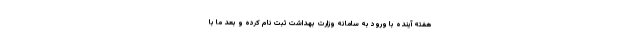
هفته آینده با ورود به سامانه وزارت بهداشت ثبت نام کرده و بعد ما با